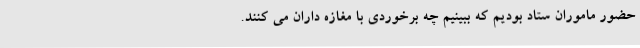
حضور ماموران ستاد بودیم که ببینیم چه برخوردی با مغازه داران می کنند.